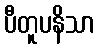
ပီတူပနိသာ